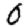
Digit: 0